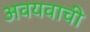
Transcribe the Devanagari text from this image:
अवयवाची